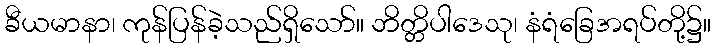
ခီယမာနာ၊ ကုန်ပြန်ခဲ့သည်ရှိသော်။ ဘိတ္တိပါဒေသု၊ နံရံခြေအရပ်တို့၌။